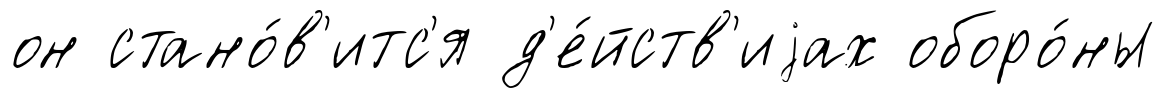
он стано́в'итс'я д'е́йств'иjах оборо́ны